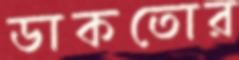
ডাকতোর